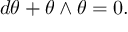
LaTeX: d \theta + \theta \wedge \theta = 0 .